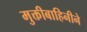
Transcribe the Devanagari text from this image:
मुक्तीबाहिनीने